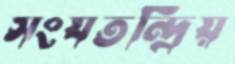
সংযতন্দ্রিয়